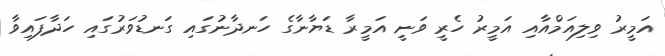
އަމީރު ވިލިއަމްއާއި އަމީރު ހެރީ ވަނީ އަމީރާ ޑަޔާނާގެ ހަނދާނުގައި ގަނޑުވަރުގައި ހަދާފައިވާ